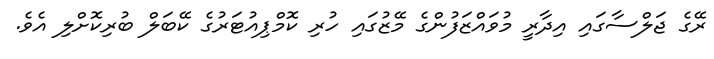
ރޭގެ ޖަލްސާގައި އިދާރީ މުވައްޒަފުންގެ މޭޒުގައި ހުރި ކޮމްޕިއުޓަރުގެ ކޭބަލް ބުރިކޮށްލި އެވެ.